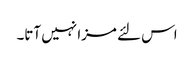
اس لئے مزا نہیں آتا۔